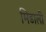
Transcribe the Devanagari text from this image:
मिडाली